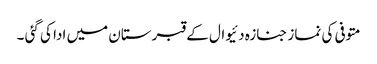
متوفی کی نماز جنازہ دئیوال کے قبرستان میں ادا کی گئی ۔